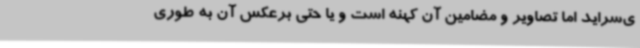
ی‌سراید اما تصاویر و مضامین آن کهنه است و یا حتی برعکس آن به طوری